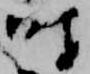
時